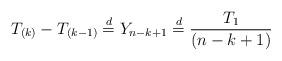
LaTeX: \begin{align*}T_{(k)}-T_{(k-1)}&\stackrel{d}{=}Y_{n-k+1}\stackrel{d}{=} \frac{T_{1}}{(n-k+1)}\end{align*}